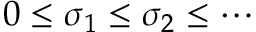
0 \leq \sigma _ { 1 } \leq \sigma _ { 2 } \leq \cdots